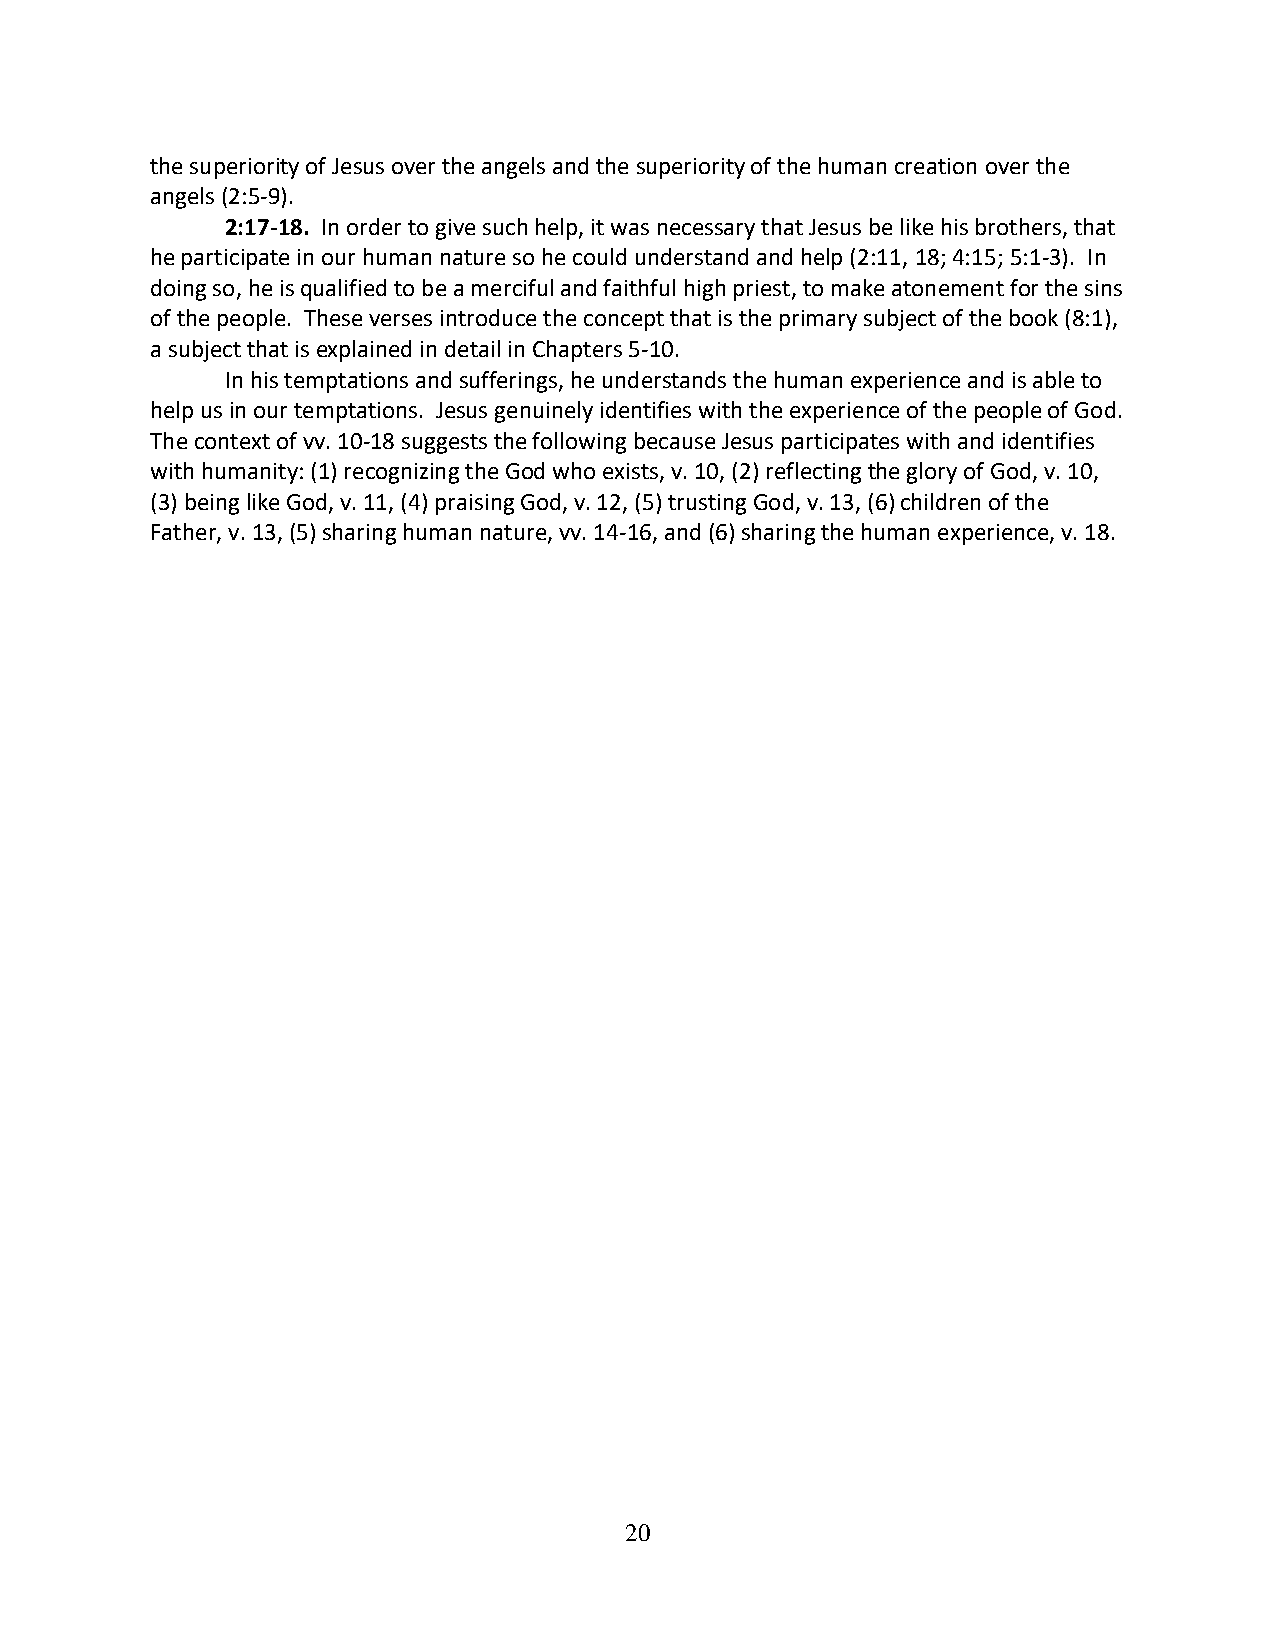
the superiority of Jesus over the angels and the superiority of the human creation over the
 angels (2:5-9).
 2:17-18. In order to give such help, it was necessary that Jesus be like his brothers, that
 he participate in our human nature so he could understand and help (2:11, 18; 4:15; 5:1-3). In
 doing so, he is qualified to be a merciful and faithful high priest, to make atonement for the sins
 of the people. These verses introduce the concept that is the primary subject of the book (8:1),
 a subject that is explained in detail in Chapters 5-10.
 In his temptations and sufferings, he understands the human experience and is able to
 help us in our temptations. Jesus genuinely identifies with the experience of the people of God.
 The context of vv. 10-18 suggests the following because Jesus participates with and identifies
 with humanity: (1) recognizing the God who exists, v. 10, (2) reflecting the glory of God, v. 10,
 (3) being like God, v. 11, (4) praising God, v. 12, (5) trusting God, v. 13, (6) children of the
 Father, v. 13, (5) sharing human nature, vv. 14-16, and (6) sharing the human experience, v. 18.
 20